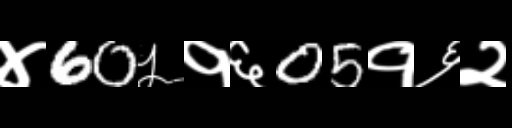
Text: ४60५१६05१६२